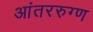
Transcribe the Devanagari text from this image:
आंतररुग्ण